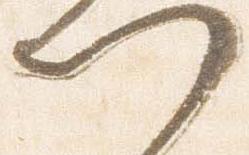
門